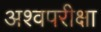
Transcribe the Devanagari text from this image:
अश्वपरीक्षा